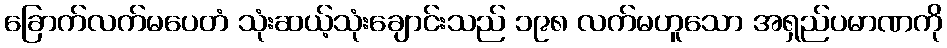
ခြောက်လက်မပေတံ သုံးဆယ့်သုံးချောင်းသည် ၁၉၈ လက်မဟူသော အရှည်ပမာဏကို